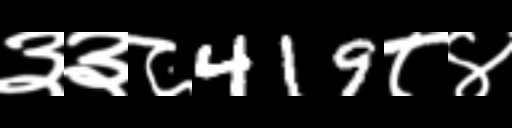
Text: ३३८419८४